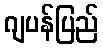
ဂျပန်ပြည်